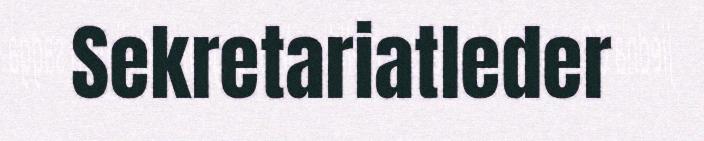
Sekretariatleder